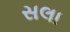
સલા